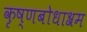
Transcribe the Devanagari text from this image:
कृष्णबोधाश्रम